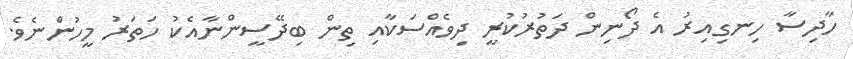
ހާދިސާ ހިނގިއިރު އެ ދޯނިން ދަތުރުކުރީ ދިވެއްސަކާއި ތިން ބިދޭސީންނާއެކު ހަތަރު މީހުންނެވެ.